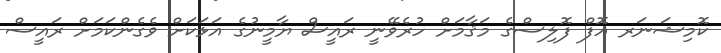
ކޮމިޝަނަރ އޮފް ފޮލިސްގެ މަޤާމަށް ހުރެވޭނީ ރައީސް ޔާމީނުގެ އަޅަކަށް ވެގެންކަމަށް ރައީސް